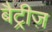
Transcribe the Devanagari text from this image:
बैट्रीज़